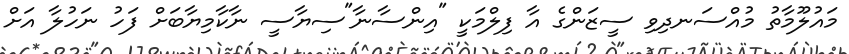
މައުލޫމާތު މުއްސަނދިވި ސީޒަންގެ އާ ފިލްމަކީ "އިންސާނާ"ސިޔާސީ ނާކާމިޔާބަށް ފަހު ނަހުލާ އަށް